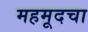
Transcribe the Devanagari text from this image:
महमूदचा